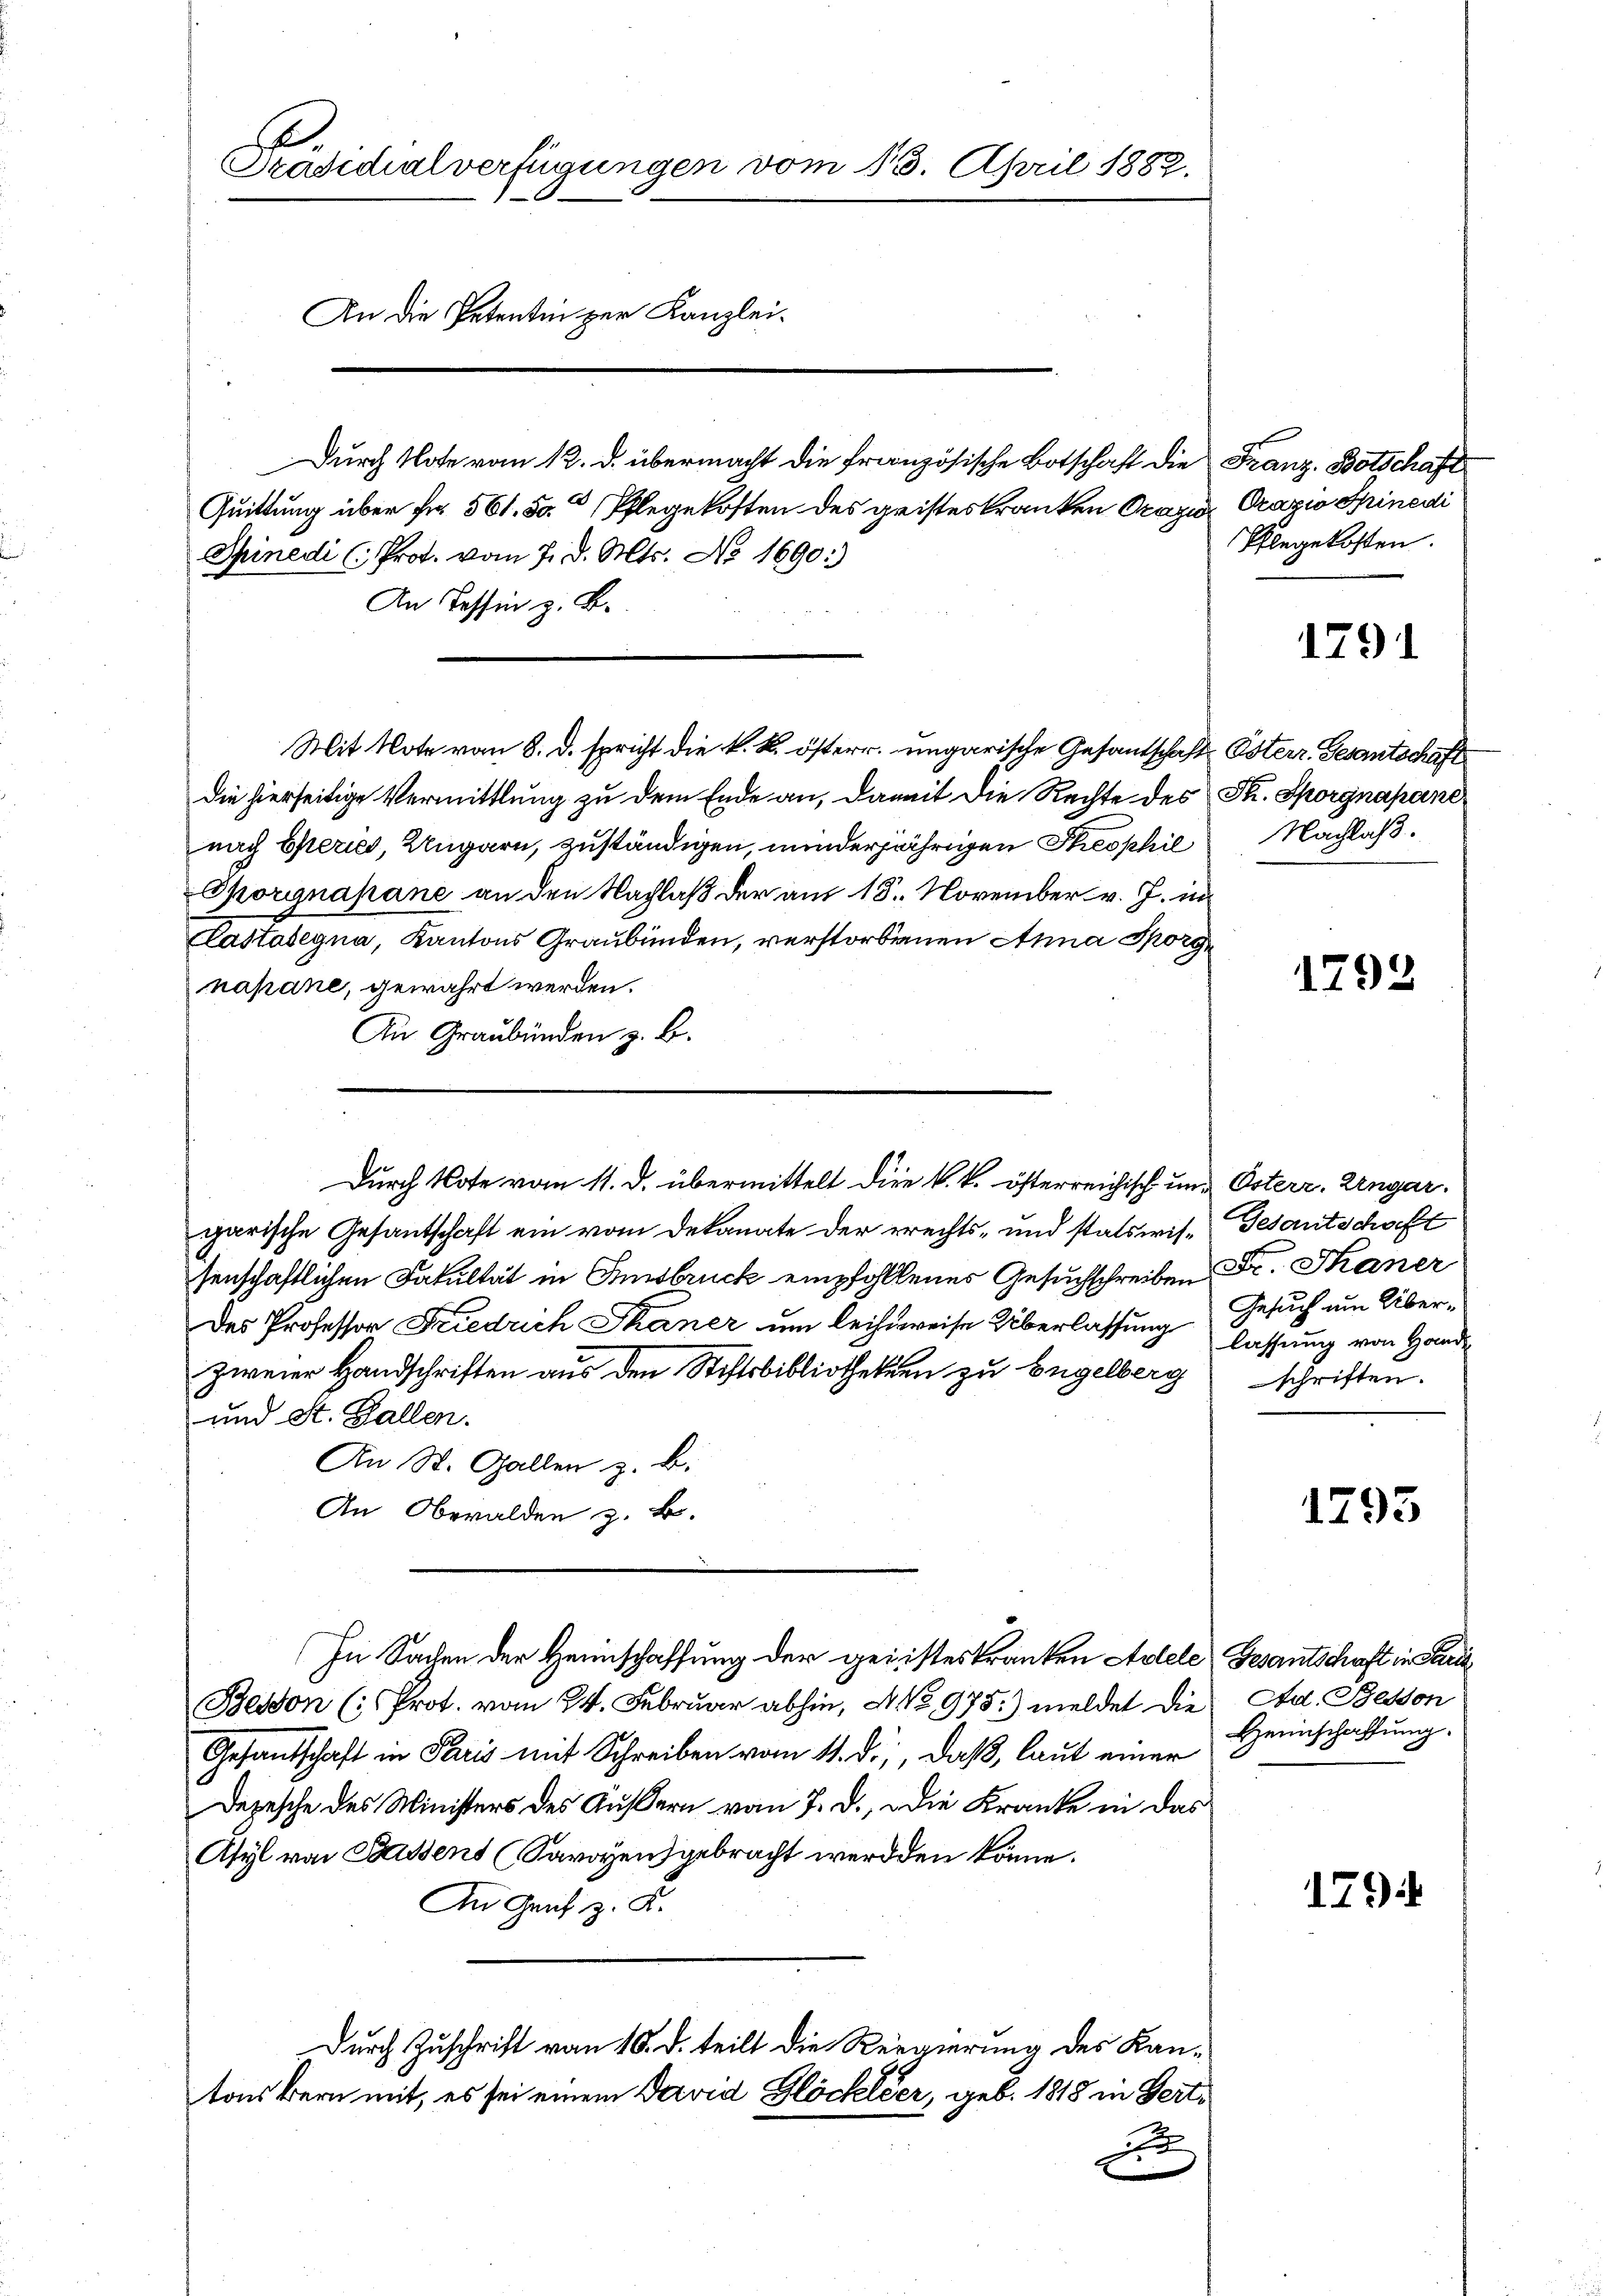
Präsidialverfügungen vom 13. April 1882.
An die Petentin zur Kanzlei-
Durch Note vom 12. d. übermacht die französische Botschaft die Franz. Botschaft
Quittung über Fr. 561. 50. Pflegekosten des geisteskranken Ocazi Crazio Sinedi
Spinedi (Prot. vom 7. d. Mts. No 1690:)
An Tessin z. B.

Durch Note vom 11. d. übermittelt die k. k. österreichisch und Osterr. Ungar.

Mit Note vom 8. d. spricht die k. k. österr. ungarische Gesantschaft Esterr. Gesantschaft
die hierseitige Vermittlung zu dem Ende an, damit die Rechte des St. Sporgnapane
nach Eperies, Ungarn, zuständigen, minderjährigen Theophil
Sporgnapane an den Nachlaß der am 18. November v. J. in
Castabegna, Kantons Graubünden, verstorbenen Anna Sporgnapane, gewährt werden.
An Graubünden z. B.
garische Gesandschaft ein vom Dekanate der rechts- und statswis-Gesantschaft
senschaftlichen Fakultät in Innsbruck empfohlenes Gesuchschreiben Dr. Thaner
Des Professor Friedrich Skaner um leihweise Überlassung lassung von Handzweier Handschriften aus den Stiftsbibliotheken zu Engelberg
und St. Gallen.
An St. Gallen z. B.
An Oberalden z. B.
In Sachen der Heimschaffung der geisteskranken Arlele Gesantschaft in Paris
Bessen (: Prot. vom 24. Februar abhin, No 975.) meldet die Ed. Beson
Gesandschaft in Paris mit Schreiben vom 11. d., daß, laut einer
Depesche des Ministers des Äußern vom 7. d., die Kranke in das
Asyl von Saussent (Savoyensgebracht werden könne.
An Graf z. B.
Durch Zuschrift von 10. d. teilt die Regierung des Kan-
tons Bern mit, es sei einem David Glöckleer, geb. 1818 in Gert¬
F

Eingekosten.

1791

Nachlaß.

1792

Gesuch um Überschriften.

1793

Heimschaffung.

1794